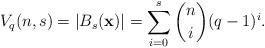
LaTeX: \begin{align*}V_q(n,s)=|B_s(\mathbf{x})|= \sum_{i=0}^{s} \binom{n}{i} (q-1)^i.\end{align*}